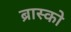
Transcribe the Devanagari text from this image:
ब्रास्को